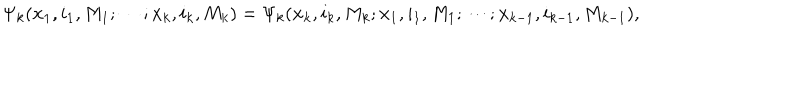
\Psi _ { k } ( { \bf x } _ { 1 } , i _ { 1 } , M _ { 1 } ; \cdots ; { \bf x } _ { k } , i _ { k } , M _ { k } ) = \Psi _ { k } ( { \bf x } _ { k } , i _ { k } , M _ { k } ; { \bf x } _ { 1 } , i _ { 1 } , M _ { 1 } ; \cdots ; { \bf x } _ { k - 1 } , i _ { k - 1 } , M _ { k - 1 } ) ,